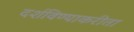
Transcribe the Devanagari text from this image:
दर्शविण्याकरीता